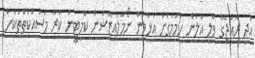
އަދި ރާއްޖޭގެ ވޮލީ އަލުން ހަމަމަގަށް އަޅުވަން ނޯމަލައިޒޭޝަން ކޮމިޓީން ކުރާ މަސައްކަތްތަކަށް